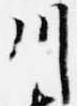
川